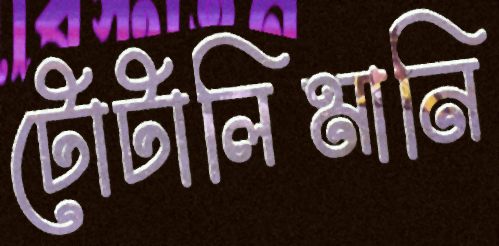
টোটালিমানি